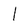
Character: l